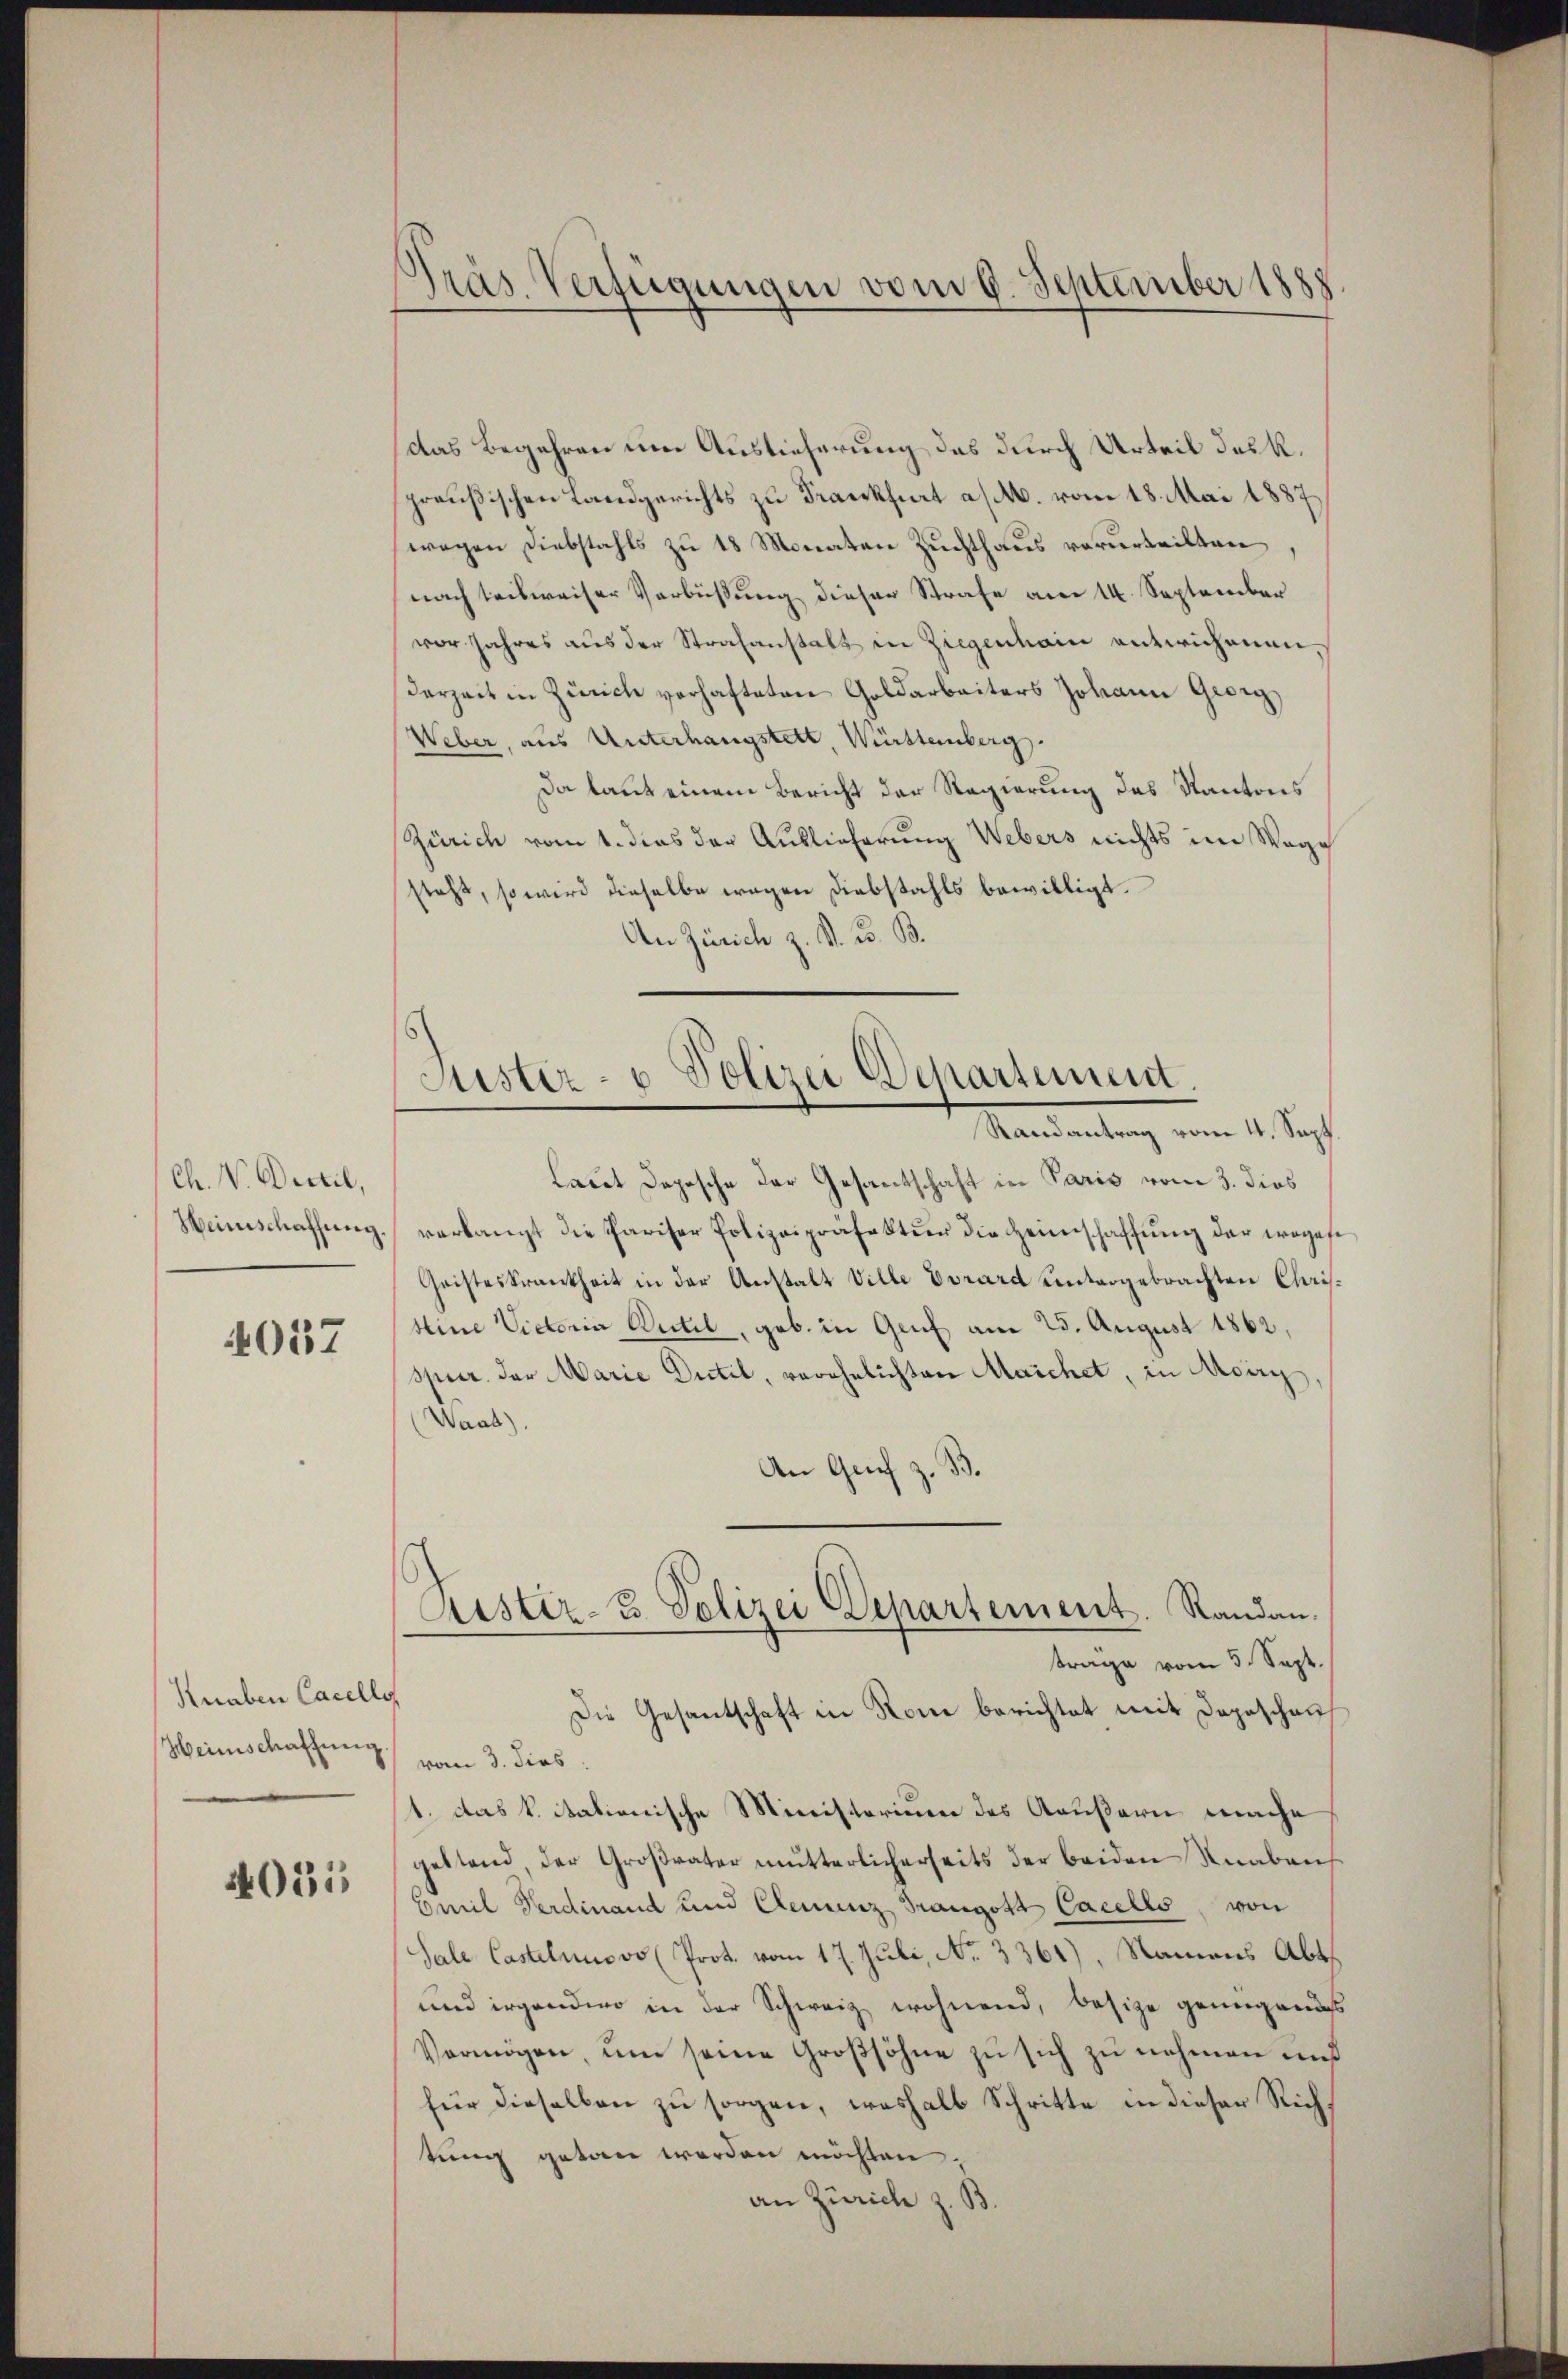
Ch. V. Dictil,
Heimschaffung.

4037

Knaben Cacelle
Heimschaffung

4031

Präs. Verfügungen vom 9. September 1888

das Begehren um Auslieferung das durch Urteil des k.
preußischen Landgerichts zu Frankfurt a/M. vom 18. Mai 1887
(wegen Diebstahls zu 18 Monaten Zuchthaus verurteilten,
nach teilweiser Verbüßung dieser Strafe am 14. September
vor Jahres aus der Strafanstalt in Ziegenhain entwichenen.
derzeit in Zürich verhafteten Goldarbeiters Johann Grey
Weber, aus Unterhangstett, Württemberg.
Da laut einem Bericht der Regierung des Kantons
Zürich vom 1. dies der Auslieferung Webers nichts im Wage
steht, so wird dieselbe wegen Diebstahls bewilligt.
An Zürich z. K. K. B.
Laut Depesche der Gesantschaft in Paris vom 3. dies
verlangt die Pariser Polizeipräfektur die Heimschaffŭng der weges
Geisteskrankheit in der Anstalt Ville Vorard untergebrachten Chris¬
Hine Victoria Putil, geb. in Genf am 25. August 1862,
spier der Marie Dutil, verehelichten Marchet, in Aberg,
Wand).
An Grief z. B.
Justiz- & Polizei Departement. Randan
trage vom 5. Sept.
Die Gesantschaft in Rom berichtet mit Depeschen
vom 3. dies
1. das k. Stationische Ministerium des Aeußern mache
geltend, der Großvater mütterlicherseits der beiden Knaben
Emil Verdinand und Clemenz Trangott Cacells, von
Sale Castelius vo (Prot. vom 17. Juli, No. 3361), Namens Abt.
und irgendwo in der Schweiz wohnend, besize genügend
Vermögen, ŭm seine Groβsöhne zŭ sich zŭ nehmen und
für dieselben zu sorgen, weshalb Schritte in dieser Richtung getan werden möchten,
an Zürich z. B.

Lister- u Polizei Departement.
Randantrag vom 4. Sept.